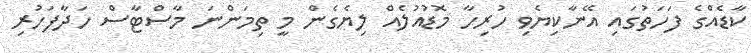
ކާޑެއްގެ ފަހަތުގައި އޭނާކިޔެވި ހުރިހާ މޮޑުއުލެއް ލިޔެގެން މީ ތިމަންނަ މާސްޓާސް ހަދާފަހުރި